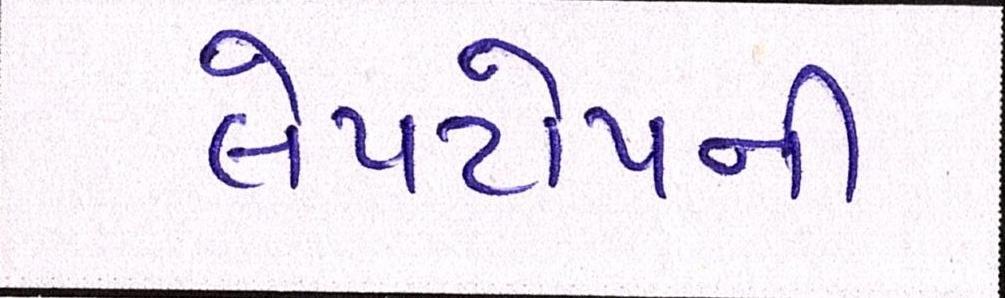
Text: લેપટોપની